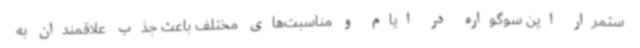
ستمرار این سوگواره در ایام و مناسبت‌های مختلف باعث جذب علاقمندان به